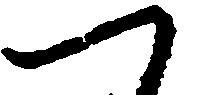
つ